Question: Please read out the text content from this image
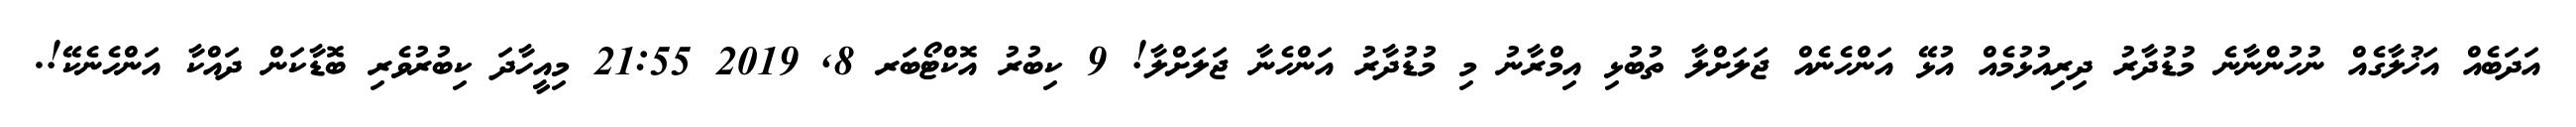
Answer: އަދަބެއް އަޚުލާގެއް ނުހުންނާނެ މުޑުދާރު ދިރިއުޅުމެއް އުޅޭ އަންހެނެއް ޖަލަށްލާ ތުބުޅި އިމްރާނު މި މުޑުދާރު އަންހެނާ ޖަލަށްލާ! 9 ކިބުރު އޮކްޓޯބަރ 8, 2019 21:55 މިއީހާދަ ކިބުރުވެރި ބޮޑާކަން ދައްކާ އަންހެނެކޭ!.